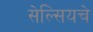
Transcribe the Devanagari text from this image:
सेल्सियचे